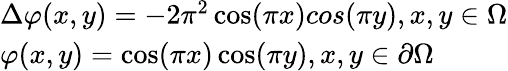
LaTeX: \begin{array}{l}{\Delta\varphi(x,y)=-2{\pi^{2}}\cos(\pi x)cos(\pi y),\mathrm{{}}x,y\in\Omega}\\ {\varphi(x,y)=\cos(\pi x)\cos(\pi y),\mathrm{{}}x,y\in\partial\Omega}\end{array}